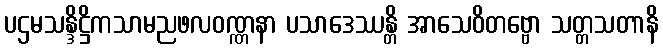
ပဌမသန္ဒိဋ္ဌိကသာမညဖလဝဏ္ဏနာ ပသာဒေဿန္တိ အာသေဝိတဗ္ဗော သတ္တသတာနိ